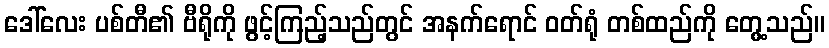
ဒေါ်လေး ပစ်တီ၏ ဗီရိုကို ဖွင့်ကြည့်သည်တွင် အနက်ရောင် ဝတ်ရုံ တစ်ထည်ကို တွေ့သည်။